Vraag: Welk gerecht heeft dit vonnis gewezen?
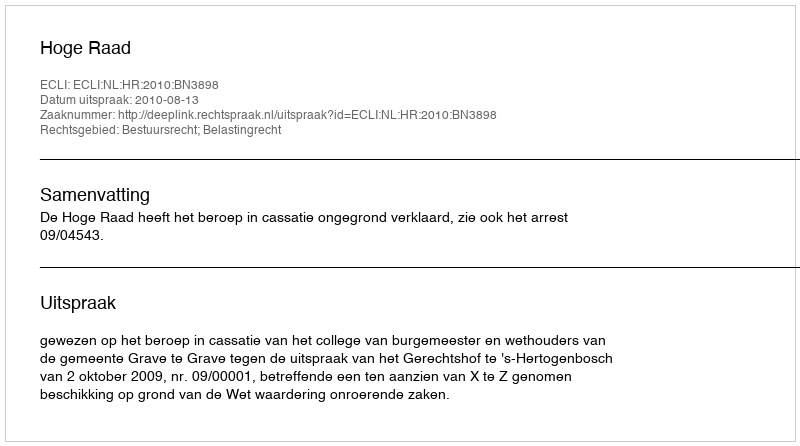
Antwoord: Hoge Raad